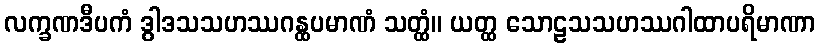
လက္ခဏဒီပကံ ဒွါဒသသဟဿဂန္ထပမာဏံ သတ္ထံ။ ယတ္ထ သောဠသသဟဿဂါထာပရိမာဏာ